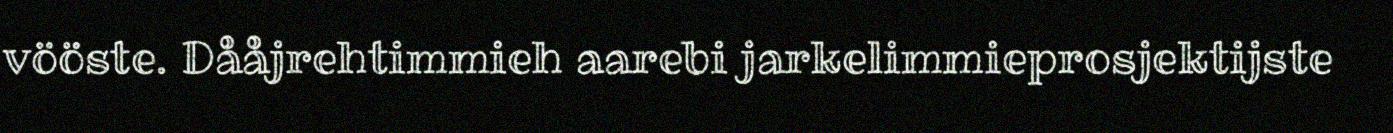
vööste. Dååjrehtimmieh aarebi jarkelimmieprosjektijste